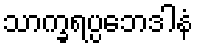
သာက္ခရပ္ပဘေဒါနံ